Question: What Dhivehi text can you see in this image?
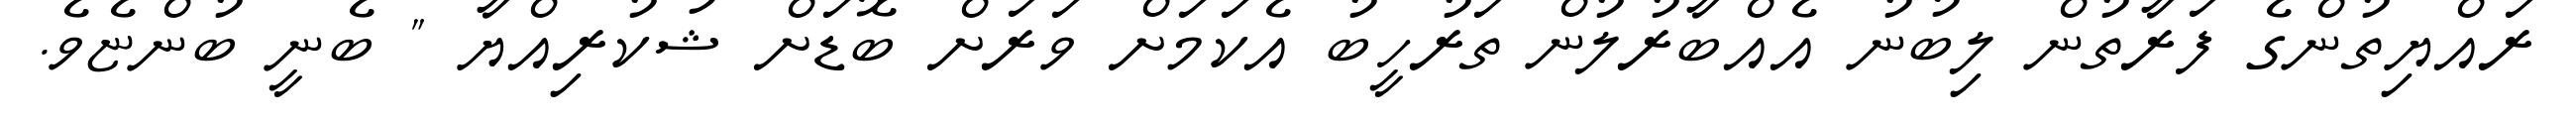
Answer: ރައްޔިތުންގެ ފަރާތުން ލިބުނު އެއްބާރުލުން ތަރުހީބު އެކަމަށް ވަރަށް ބޮޑަށް ޝުކުރިއްޔާ " ބެނީ ބުންޏެވެ.